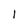
Character: 1